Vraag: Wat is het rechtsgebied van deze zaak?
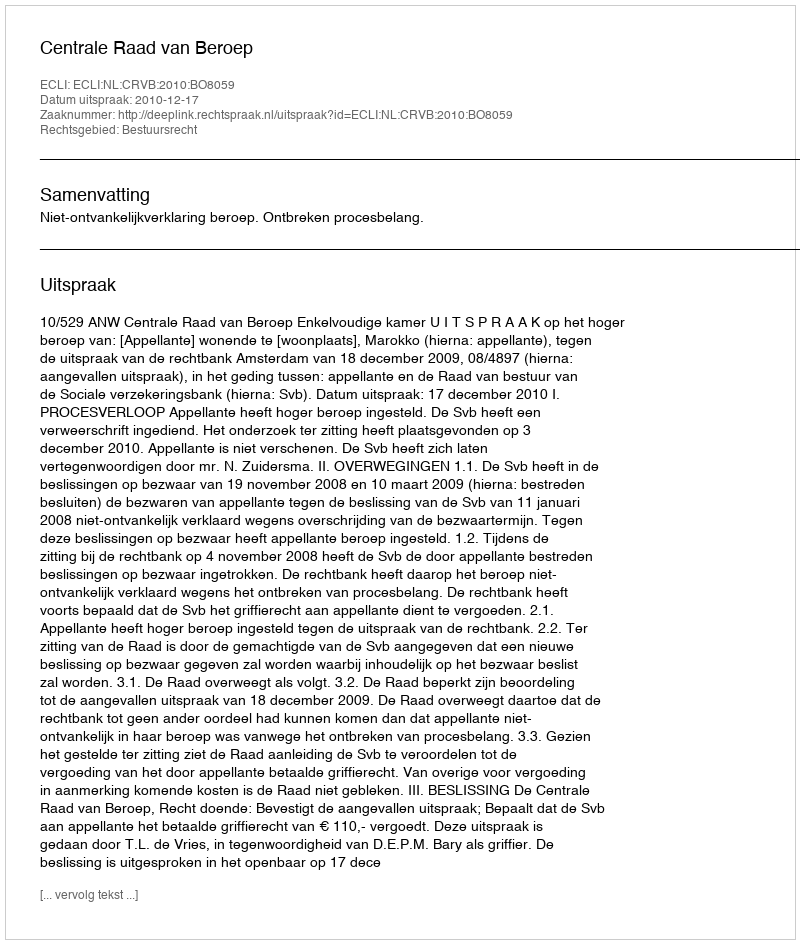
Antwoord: Bestuursrecht